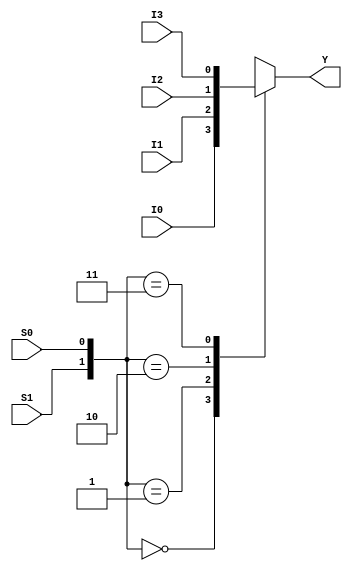
// This program was cloned from: https://github.com/aryanmahawar205/ModelSim-IntelFPGA
// License: GNU General Public License v3.0

//Behavioural Modelling for 4:1 Mux

module mux_4_to_1_beh(Y, I0, I1, I2, I3, S1, S0);
output Y; input I0, I1, I2, I3; input S1, S0; reg Y;
always @ (I0, I1, I2, I3, S1, S0)
begin
case ({S1, S0})
2'b00 : begin Y = I0; end
2'b01 : begin Y = I1; end
2'b10 : begin Y = I2; end
2'b11 : begin Y = I3; end
endcase
end
endmodule